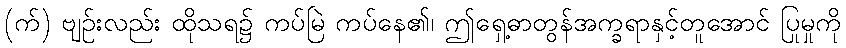
(က်) ဗျဉ်းလည်း ထိုသရ၌ ကပ်မြဲ ကပ်နေ၏၊ ဤရှေ့ဓာတွန်အက္ခရာနှင့်တူအောင် ပြုမှုကို